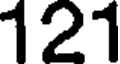
121